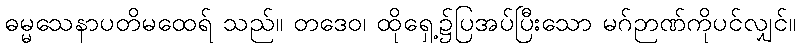
ဓမ္မသေနာပတိမထေရ် သည်။ တဒေဝ၊ ထိုရှေ့၌ပြအပ်ပြီးသော မဂ်ဉာဏ်ကိုပင်လျှင်။